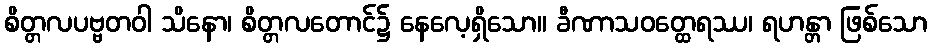
စိတ္တလပဗ္ဗတဝါ သိနော၊ စိတ္တလတောင်၌ နေလေ့ရှိသော။ ခီဏာသဝတ္ထေရဿ၊ ရဟန္တာ ဖြစ်သော